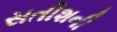
સતીશની